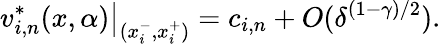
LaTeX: v_{i,n}^{*}(x,\alpha)\big\rvert_{(x_{i}^{-},x_{i}^{+})}=c_{i,n}+O(\delta^{(1-\gamma)/2}).